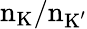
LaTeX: \textrm{n}_{\textrm{K}}/\textrm{n}_{\textrm{K}^{\prime}}